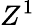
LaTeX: Z^{1}